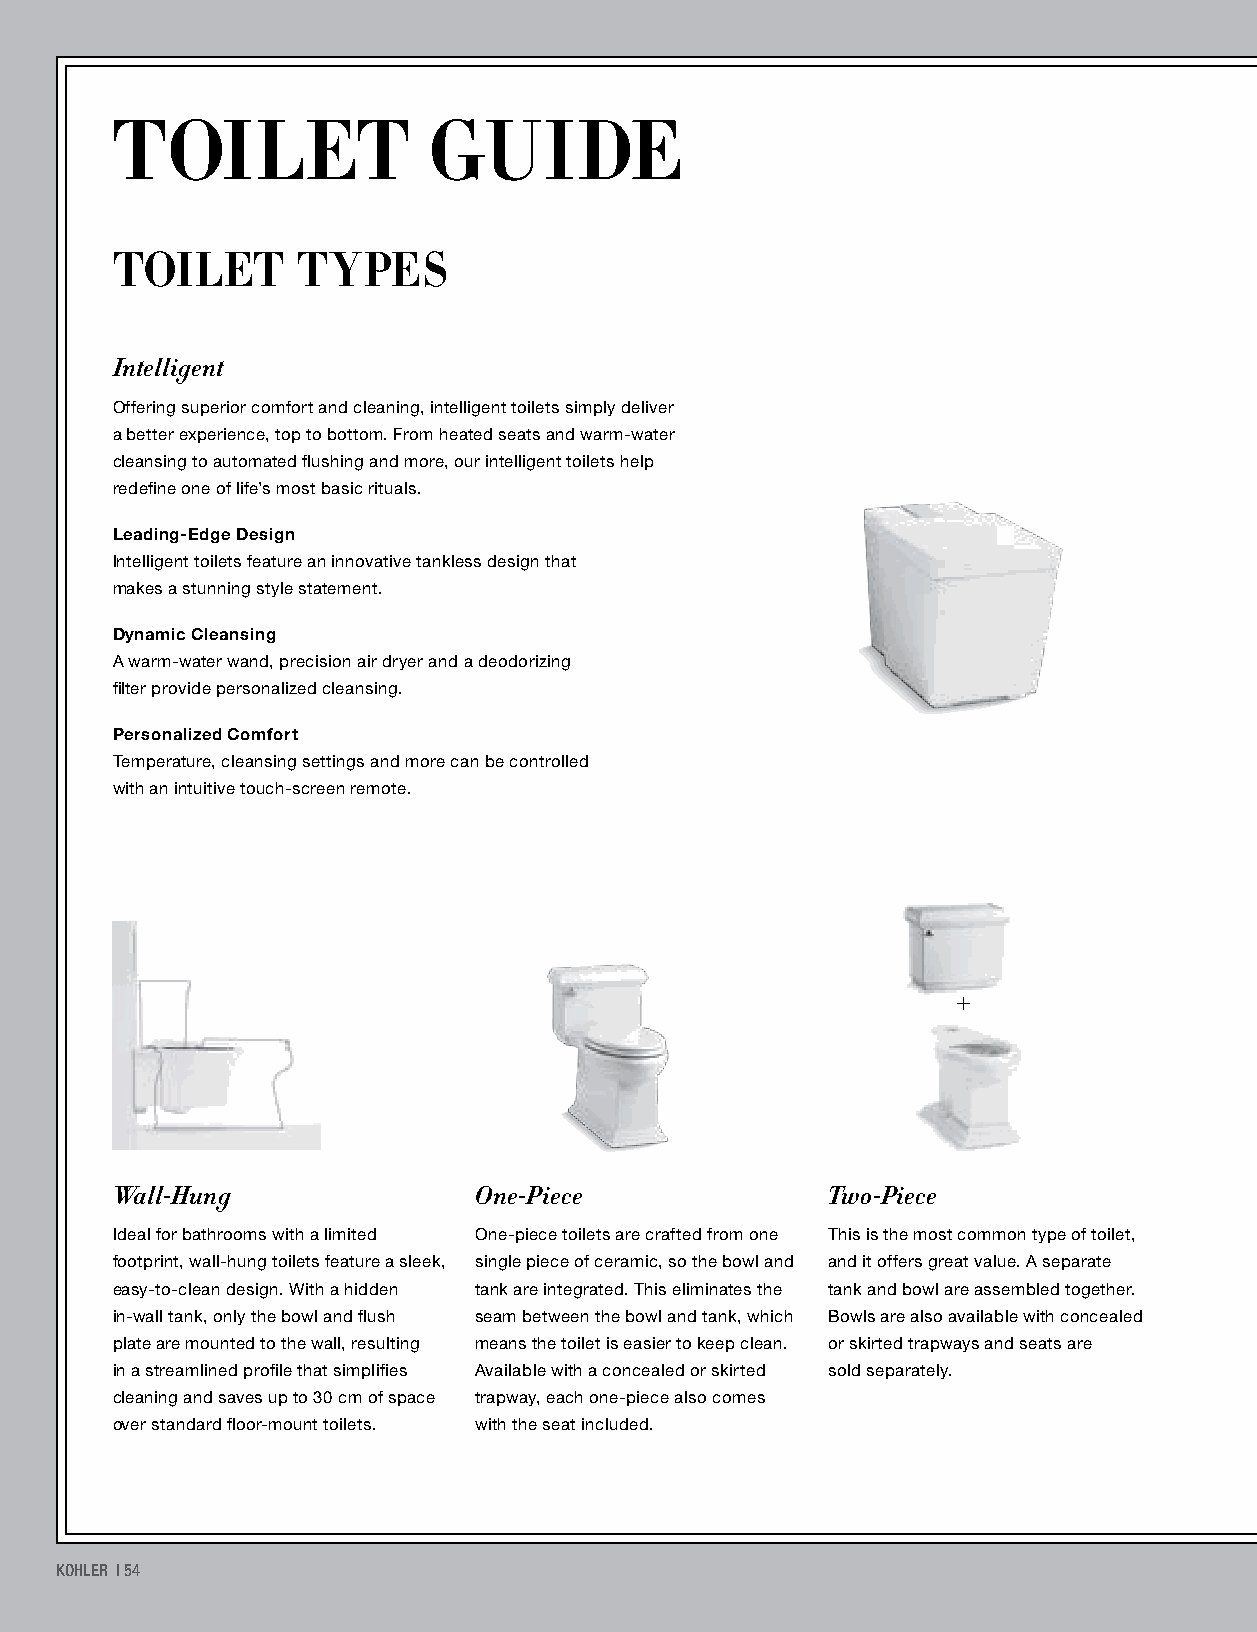
TOILET               GUIDE
 TOILET       TYPES
 Intelligent
 Offering superior comfort and cleaning, intelligent toilets simply deliver
 a better experience, top to bottom. From heated seats and warm-water
 cleansing to automated flushing and more, our intelligent toilets help
 redefine one of life’s most basic rituals.
 Leading-Edge Design
 Intelligent toilets feature an innovative tankless design that
 makes a stunning style statement.
 Dynamic Cleansing
 A warm-water wand, precision air dryer and a deodorizing
 filter provide personalized cleansing.
 Personalized Comfort
 Temperature, cleansing settings and more can be controlled
 with an intuitive touch-screen remote.
 +
 Wall-Hung               One-Piece               Two-Piece
 Ideal for bathrooms with a limited One-piece toilets are crafted from one This is the most common type of toilet,
 footprint, wall-hung toilets feature a sleek, single piece of ceramic, so the bowl and and it offers great value. A separate
 easy-to-clean design. With a hidden tank are integrated. This eliminates the tank and bowl are assembled together.
 in-wall tank, only the bowl and flush seam between the bowl and tank, which Bowls are also available with concealed
 plate are mounted to the wall, resulting means the toilet is easier to keep clean. or skirted trapways and seats are
 in a streamlined profile that simplifies Available with a concealed or skirted sold separately.
 cleaning and saves up to 30 cm of space trapway, each one-piece also comes
 over standard floor-mount toilets. with the seat included.
 KOHLER | 54